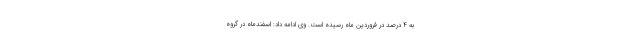
به ۴ درصد در فروردین ماه رسیده است. وی ادامه داد: اسفندماه در گروه